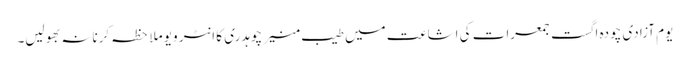
یوم آزادی چودہ اگست جمعرات کی اشاعت میں طیب منیر چوہدری کا انٹر ویو ملاحظہ کرنانہ بھولیں۔